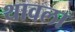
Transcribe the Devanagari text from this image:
थावला